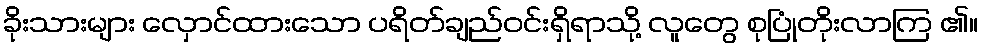
ခိုးသားများ လှောင်ထားသော ပရိတ်ချည်ဝင်းရှိရာသို့ လူတွေ စုပြုံတိုးလာကြ ၏။